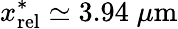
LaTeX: x_{\mathrm{rel}}^{\ast}\simeq 3.94\; \mu\mathrm{m}